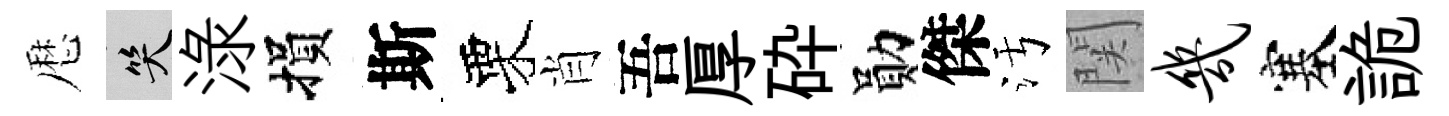
厯笑渌損斯栗肖吾厚砕勛傑污関几塞詭